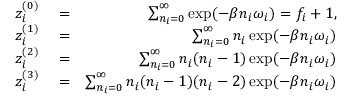
\begin{array} { r l r } { z _ { i } ^ { ( 0 ) } } & { { } = } & { \sum _ { n _ { i } = 0 } ^ { \infty } \exp ( - \beta n _ { i } \omega _ { i } ) = f _ { i } + 1 , } \\ { z _ { i } ^ { ( 1 ) } } & { { } = } & { \sum _ { n _ { i } = 0 } ^ { \infty } n _ { i } \exp ( - \beta n _ { i } \omega _ { i } ) } \\ { z _ { i } ^ { ( 2 ) } } & { { } = } & { \sum _ { n _ { i } = 0 } ^ { \infty } n _ { i } ( n _ { i } - 1 ) \exp ( - \beta n _ { i } \omega _ { i } ) } \\ { z _ { i } ^ { ( 3 ) } } & { { } = } & { \sum _ { n _ { i } = 0 } ^ { \infty } n _ { i } ( n _ { i } - 1 ) ( n _ { i } - 2 ) \exp ( - \beta n _ { i } \omega _ { i } ) } \end{array}